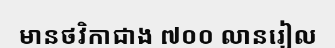
មានថវិកាជាង ៧០០ លានរៀល